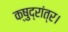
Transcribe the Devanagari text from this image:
क्षुद्रांत्र।